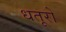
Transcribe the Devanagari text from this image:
धतूरो